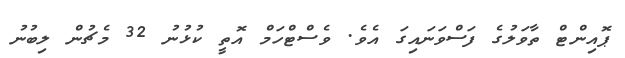
ޕޮއިންޓް ތާވަލުގެ ފަސްވަނައިގަ އެވެ. ވެސްޓްހަމް އޮތީ ކުޅުނު 32 މެޗުން ލިބުނު